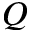
Q